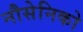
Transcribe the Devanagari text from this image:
नौसेनिको